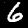
Digit: 6